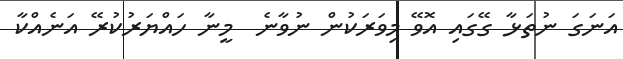
އަނަގަ ނުތަޅާ ގޭގައި އޮވޭ މިވަރަކުން ނުވާނެ  މީނާ ހައްޔަރުކުރޭ އަނެއްކާ